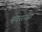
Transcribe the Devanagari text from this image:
सुंदरराजा